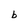
Character: b